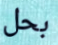
بحل